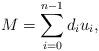
LaTeX: \begin{align*} M = \sum_{i=0}^{n-1} d_i u_i,\end{align*}